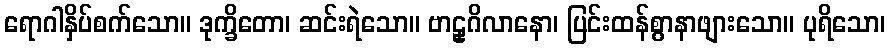
ရောဂါနှိပ်စက်သော။ ဒုက္ခိတော၊ ဆင်းရဲသော။ ဗာဠှဂိလာနော၊ ပြင်းထန်စွာနာဖျားသော။ ပုရိသော၊